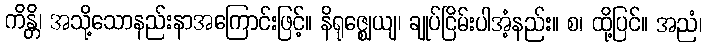
ကိန္တိ၊ အသို့သောနည်းနာအကြောင်းဖြင့်။ နိရုဇ္ဈေယျ၊ ချုပ်ငြိမ်းပါအံ့နည်း။ စ၊ ထို့ပြင်။ အညံ၊